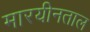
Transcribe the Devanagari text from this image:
मारयीनताल